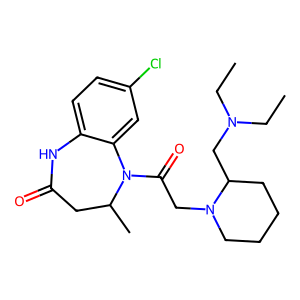
SMILES: CCN(CC)CC1CCCCN1CC(=O)N1c2cc(Cl)ccc2NC(=O)CC1C
Inhibits HIV replication: Yes